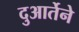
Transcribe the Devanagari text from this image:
दुआर्तेने